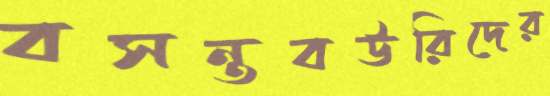
বসন্তবউরিদের